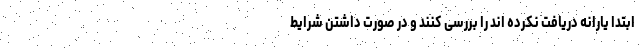
ابتدا یارانه دریافت نکرده اند را بررسی کنند و در صورت داشتن شرایط